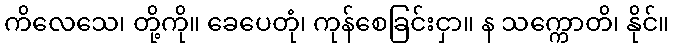
ကိလေသေ၊ တို့ကို။ ခေပေတုံ၊ ကုန်စေခြင်းငှာ။ န သက္ကောတိ၊ နိုင်။